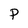
Character: P